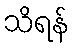
သိရန်